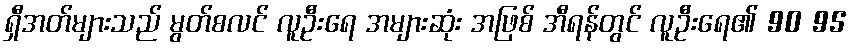
ရှီအတ်များသည် မွတ်စလင် လူဦးရေ အများဆုံး အဖြစ် အီရန်တွင် လူဦးရေ၏ 90 95